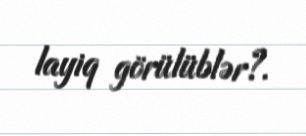
layiq görülüblər?.